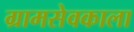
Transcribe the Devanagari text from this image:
ग्रामसेवकाला